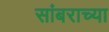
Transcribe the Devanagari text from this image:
सांबराच्या